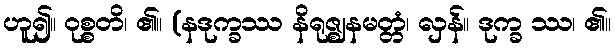
ဟူ၍။ ဝုစ္စတိ၊ ၏။ (နဒုက္ခဿ နိရုဇ္ဈနမတ္တံ၊ လှန်။ ဒုက္ခ ဿ၊ ၏။